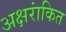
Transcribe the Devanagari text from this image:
अक्षरांकित